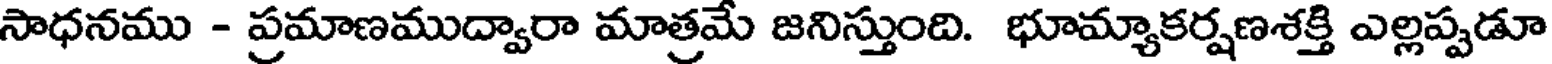
సాధనము - ప్రమాణముద్వారా మాత్రమే జనిస్తుంది. భూమ్యాకర్షణశక్తి ఎల్లప్పడూ